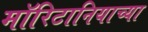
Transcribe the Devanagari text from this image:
मॉरिटानियाच्या